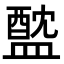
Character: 𥂘